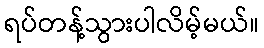
ရပ်တန့်သွားပါလိမ့်မယ်။